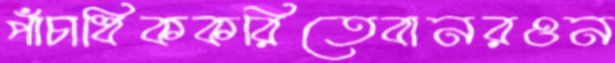
পাঁচাধিককরিতেবানরওন